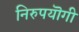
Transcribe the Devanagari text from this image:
निरुपयॊगी